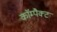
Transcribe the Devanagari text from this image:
काॅम्पैक्ट